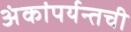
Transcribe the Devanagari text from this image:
अंकांपर्यन्तची